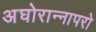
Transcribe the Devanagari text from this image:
अघोरान्नापरो